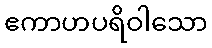
ဧကာဟပရိဝါသော